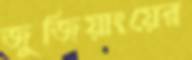
জুজিয়াংয়ের